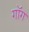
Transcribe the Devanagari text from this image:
गॉग